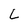
Character: L